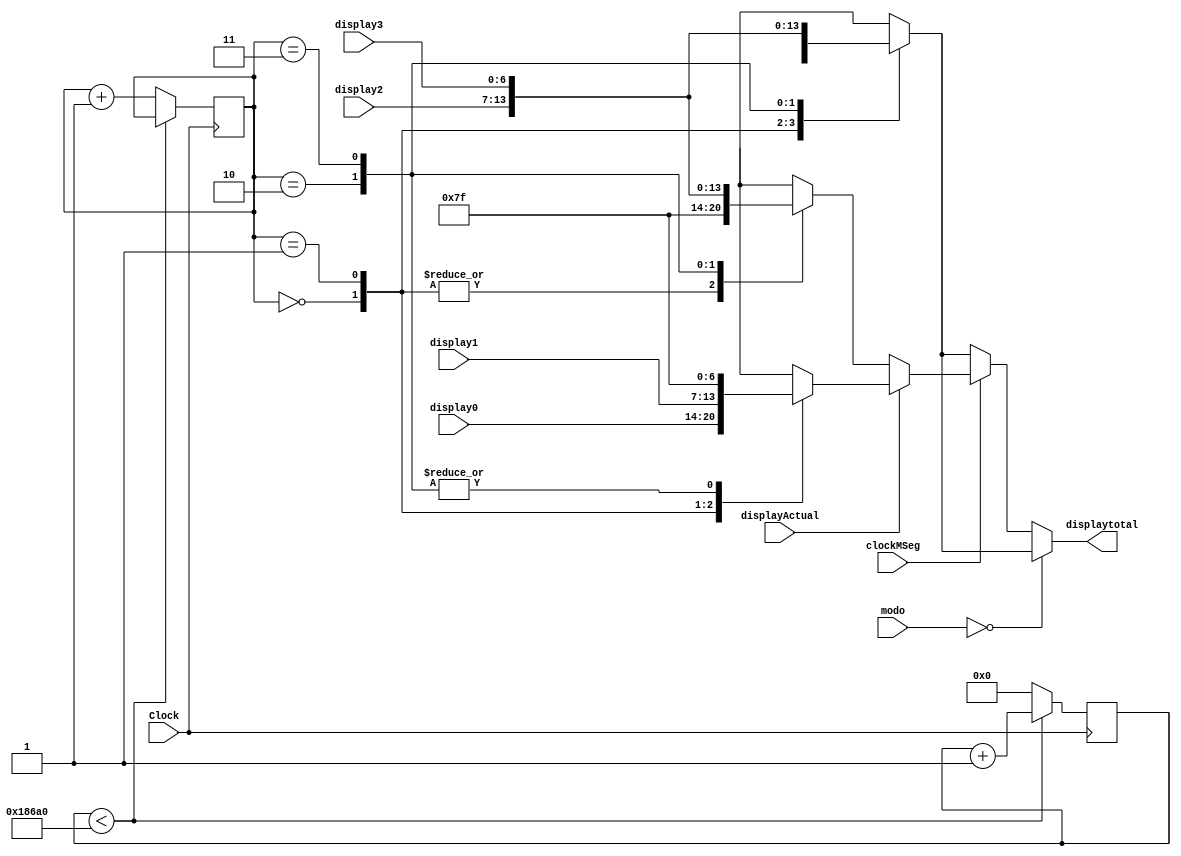
`timescale 1ns / 1ps
//////////////////////////////////////////////////////////////////////////////////
// Company: 
// Engineer: 
// 
// Design Name: 
// Module Name:    Selectordisplay 
// Project Name: 
// Target Devices: 
// Tool versions: 
// Description: 
//
// Dependencies: 
//
// Revision: 
// Revision 0.01 - File Created
// Additional Comments: 
//
//////////////////////////////////////////////////////////////////////////////////
module Selectordisplay(Clock,clockMSeg,modo,displayActual,display0,display1,display2,display3,displaytotal);
	 
	input Clock,clockMSeg,displayActual;
	input [1:0] modo;
	input [6:0] display0,display1,display2,display3;
	output reg [6:0] displaytotal;
			
		reg [1:0] digito = 0;
		reg [25:0] counter = 0;
	
	 
	 always@(posedge Clock)
	 begin 
			if(counter < 100000)
				counter <= counter +1;
			else 
				begin
					counter <= 0;
					digito <= digito+ 1;
				end
	 	  
	 end
	 
	 always@(*)
	 begin
	 
	 if(modo==0) begin
	 
			case(digito)
			2'b00 : displaytotal = display0;
			2'b01 : displaytotal = display1;
			2'b10 : displaytotal = display2;
			2'b11 : displaytotal = display3;
			default displaytotal = 7'bxxxxxxx;
	
			endcase

	 end
	 
	 else begin 
			
			if(clockMSeg) begin 
			
				if(displayActual==0)begin
				
						case(digito)
						2'b00 : displaytotal = 7'b1111111;
						2'b01 : displaytotal = 7'b1111111;
						2'b10 : displaytotal = display2;
						2'b11 : displaytotal = display3;
						default displaytotal = 7'bxxxxxxx;
			
						endcase
						end 
						
						else begin 
						
						case(digito)
						2'b00 : displaytotal = display0;
						2'b01 : displaytotal = display1;
						2'b10 : displaytotal = 7'b1111111;
						2'b11 : displaytotal = 7'b1111111;
						default displaytotal = 7'bxxxxxxx;
						endcase
						
						end
							
				end
				
				else begin
			
						case(digito)
						2'b00 : displaytotal = display0;
						2'b01 : displaytotal = display1;
						2'b10 : displaytotal = display2;
						2'b11 : displaytotal = display3;
						default displaytotal = 7'bxxxxxxx;
						endcase

				end
	 
	 
		end//End else
	  
	 end //End always
	 
	  
		
endmodule